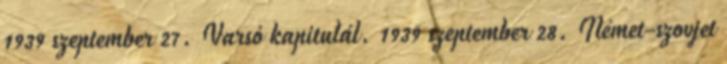
1939 szeptember 27. Varsó kapitulál. 1939 szeptember 28. Német-szovjet